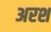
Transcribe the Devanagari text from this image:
अरश